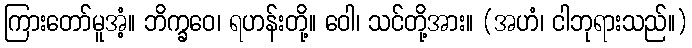
ကြားတော်မူအံ့။ ဘိက္ခဝေ၊ ရဟန်းတို့။ ဝေါ၊ သင်တို့အား။ (အဟံ၊ ငါဘုရားသည်။)